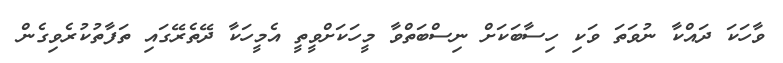
ވާހަކަ ދައްކާ ނުވަތަ ވަކި ހިސާބަކަށް ނިސްބަތްވާ މީހަކަށްވީތީ އެމީހަކާ ދޭތެރޭގައި ތަފާތުކުރެވިގެން